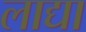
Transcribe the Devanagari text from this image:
लाद्या